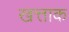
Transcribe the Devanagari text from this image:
खत्ताक